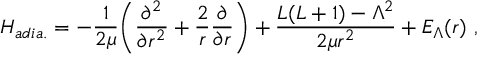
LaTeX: H _ { a d i a . } = - { \frac { 1 } { 2 \mu } } \bigg ( { \frac { \partial ^ { 2 } } { \partial r ^ { 2 } } } + { \frac { 2 } { r } } { \frac { \partial } { \partial r } } \bigg ) + { \frac { L ( L + 1 ) - \Lambda ^ { 2 } } { 2 \mu r ^ { 2 } } } + E _ { \Lambda } ( r ) \ ,